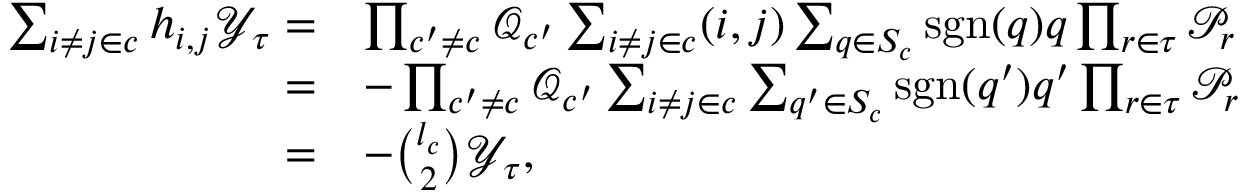
\begin{array} { r l } { \sum _ { i \ne j \in c } h _ { i , j } \mathcal { Y } _ { \tau } = } & { \prod _ { c ^ { \prime } \ne c } \mathcal { Q } _ { c ^ { \prime } } \sum _ { i \ne j \in c } ( i , j ) \sum _ { q \in S _ { c } } \mathrm { s g n } ( q ) q \prod _ { r \in \tau } \mathcal { P } _ { r } } \\ { = } & { - \prod _ { c ^ { \prime } \ne c } \mathcal { Q } _ { c ^ { \prime } } \sum _ { i \ne j \in c } \sum _ { q ^ { \prime } \in S _ { c } } \mathrm { s g n } ( q ^ { \prime } ) q ^ { \prime } \prod _ { r \in \tau } \mathcal { P } _ { r } } \\ { = } & { - \binom { l _ { c } } { 2 } \mathcal { Y } _ { \tau } , } \end{array}